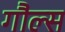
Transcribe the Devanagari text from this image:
गौल्स